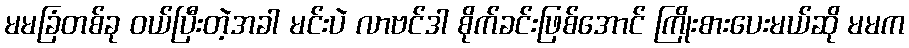
မမခြံတစ်ခု ဝယ်ပြီးတဲ့အခါ မင်းပဲ လာဗင်ဒါ စိုက်ခင်းဖြစ်အောင် ကြိုးစားပေးမယ်ဆို မမက